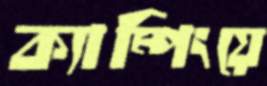
ক্যাম্পিংয়ে